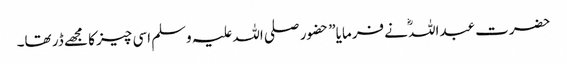
حضرت عبداللہؓ نے فرمایا” حضور صلی اللہ علیہ وسلم اسی چیز کا مجھے ڈر تھا۔